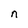
Character: n